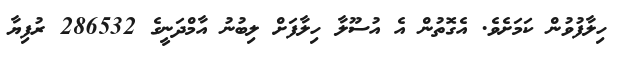
ހިލާފުވުން ކަމަށެވެ. އެގޮތުން އެ އުސޫލާ ހިލާފަށް ލިބުނު އާމްދަނީގެ 286532 ރުފިޔާ